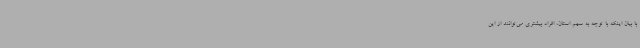
با بیان اینکه با توجه به سهم استان، افراد بیشتری می‌توانند از این